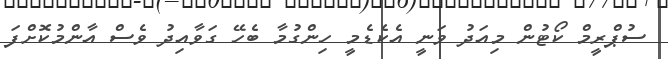
ސުޕްރީމް ކޯޓުން މިއަދު ވަނީ އެކެޑެމީ ހިންގުމާ ބެހޭ ގަވާއިދު ވެސް އާންމުކޮށްފަ